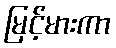
မြင့်မားကာ